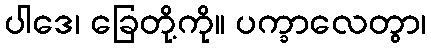
ပါဒေ၊ ခြေတို့ကို။ ပက္ခာလေတွာ၊